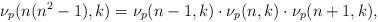
LaTeX: \begin{align*}\nu_p(n(n^2-1),k)=\nu_p(n-1,k)\cdot\nu_p(n,k)\cdot\nu_p(n+1,k),\end{align*}